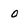
Character: 0